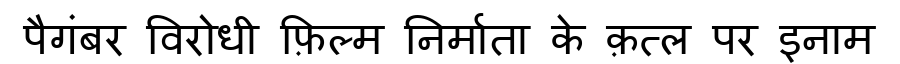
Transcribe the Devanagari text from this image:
पैगंबर विरोधी फ़िल्म निर्माता के क़त्ल पर इनाम